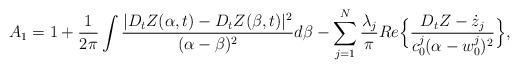
LaTeX: \begin{align*}A_1=1+\frac{1}{2\pi}\int \frac{|D_tZ(\alpha,t)-D_tZ(\beta,t)|^2}{(\alpha-\beta)^2}d\beta-\sum_{j=1}^N \frac{\lambda_j}{\pi} Re\Big\{\frac{D_tZ-\dot{z}_j}{c_0^j(\alpha-w_0^j)^2}\Big\},\end{align*}